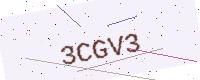
Text: 3CGV3